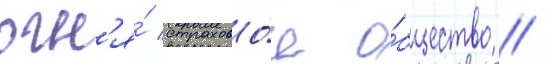
огн'я́ страхово́е о́бщество //